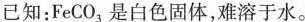
已知：FeCO_{3}，是白色固体，难溶于水。